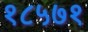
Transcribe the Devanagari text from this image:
१८५७१